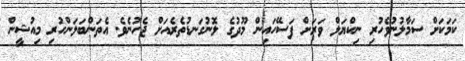
ކަމަކަށް ސަމާލުނުވެހުރި ނިކްޔަލް ވަރަށް ފަސޭހައިން މޫދުގެ ލޮނުގަނޑުތެރެއަށް ޖެހުނެވެ. އެތަންބަލަންހުރި މިއުޝީން